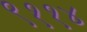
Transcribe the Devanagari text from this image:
९११४